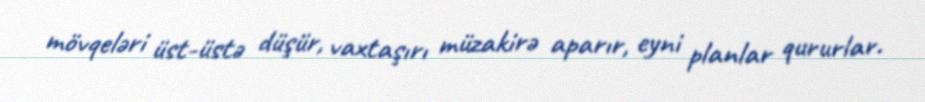
mövqeləri üst-üstə düşür, vaxtaşırı müzakirə aparır, eyni planlar qururlar.